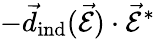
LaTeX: -\vec{d}_{\mathrm{ind}}(\vec{\mathcal{E}})\cdot\vec{\mathcal{E}}^{\ast}